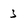
Character: 3